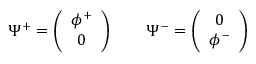
\Psi ^ { + } = \left( \begin{array} { c } { { \phi ^ { + } } } \\ { { 0 } } \end{array} \right) \qquad \Psi ^ { - } = \left( \begin{array} { c } { { 0 } } \\ { { \phi ^ { - } } } \end{array} \right)